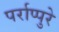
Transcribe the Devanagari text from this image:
पर्राप्पुरे